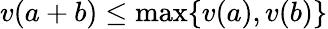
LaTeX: v(a+b)\leq\mathrm{max}\{ v(a),v(b)\}